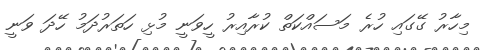
މިހާރު ގޭގައި ހުރެ މަސައްކަތް ކުރާއިރު ހީވަނީ މުޅި ހަތަރުދަމު ހޭދަ ވަނީ